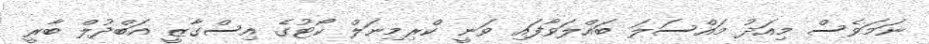
ނަމަވެސް މިއަދު މައްސަލަ ބައްލަވާފައި ވަނީ ކްރިމިނަލް ކޯޓުގެ އިސްގާޒީ އަބްދުލް ބާރީ